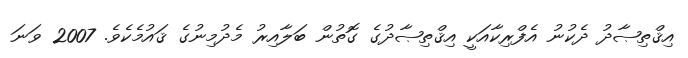
އިޤްތިޞާދު ދެކުނު އެފްރިކާއަކީ އިޤްތިޞާދުގެ ގޮތުން ބަލާއިރު މެދުމިނުގެ ޤައުމެކެވެ. 2007 ވަނަ